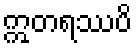
ဣတရဿပိ